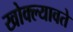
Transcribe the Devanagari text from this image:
खोक्ल्यावते